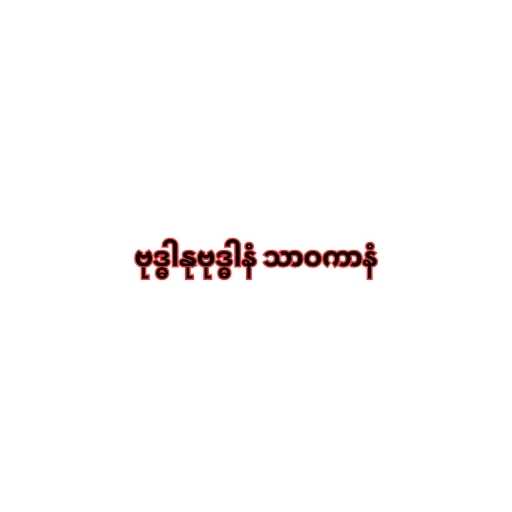
ဗုဒ္ဓါနုဗုဒ္ဓါနံ သာဝကာနံ